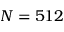
N = 5 1 2